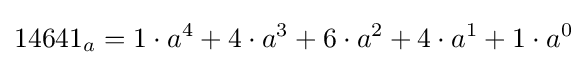
14641_{a}=1\cdot a^{4}+4\cdot a^{3}+6\cdot a^{2}+4\cdot a^{1}+1\cdot a^{0}